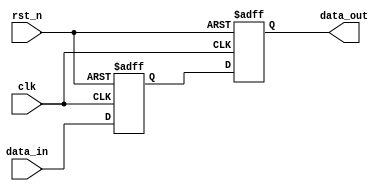
module edge_sensitive_block (
    input wire clk,          // Clock input
    input wire rst_n,       // Active-low reset
    input wire [3:0] data_in, // 4-bit data input
    output reg [3:0] data_out // 4-bit data output
);

    // Internal state variable
    reg [3:0] state;

    // Always block triggered on the positive edge of the clock or negation of reset
    always @(posedge clk or negedge rst_n) begin
        if (!rst_n) begin
            // Initialization logic on reset
            state <= 4'b0000; // Reset state to 0
            data_out <= 4'b0000; // Reset output to 0
        end else begin
            // State update on positive edge of the clock
            state <= data_in; // Update state with data input
            data_out <= state; // Generate output based on state
        end
    end
endmodule